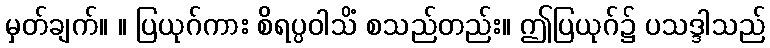
မှတ်ချက်။ ။ ပြယုဂ်ကား စိရပ္ပဝါသိံ စသည်တည်း။ ဤပြယုဂ်၌ ပသဒ္ဒါသည်